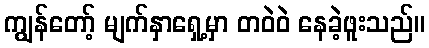
ကျွန်တော့် မျက်နှာရှေ့မှာ တဝဲဝဲ နေခဲ့ဖူးသည်။